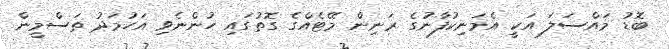
ބޮޑު މައްސަލަ އަކީ އެމަނިކުފާނުގެ ރަނިން މޭޓެއްގެ ގޮތުގައި ހުންނެވި އަހުމަދު ތަސްމީން